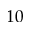
1 0